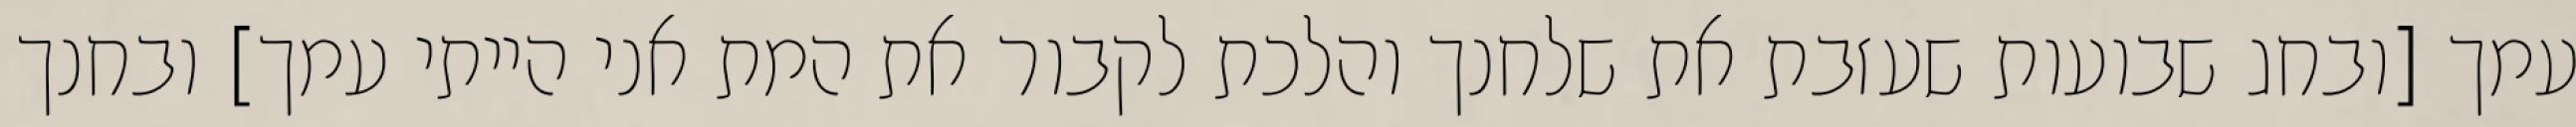
עמך [ובחג שבועות שעזבת את שלחנך והלכת לקבור את המת אני הייתי עמך] ובחנך